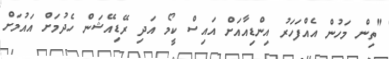
"ތިން މަހުން އެއްފަހަރު އިންޑިއާއަށް އައިސް ކީމޯ އަދި ރޭޑިއޭޝަން ހެދުމަށް އައުމަށް